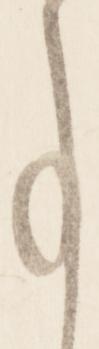
事